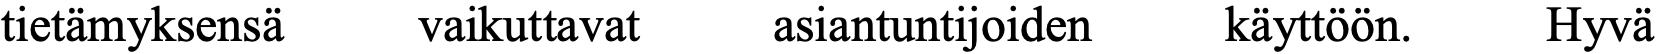
tietämyksensä vaikuttavat asiantuntijoiden käyttöön. Hyvä